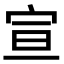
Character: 宣